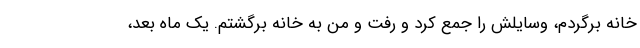
خانه برگردم، وسایلش را جمع کرد و رفت و من به خانه برگشتم. یک ماه بعد،